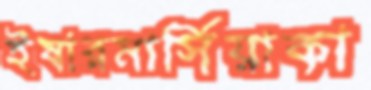
ইষারমার্সিয়াকা